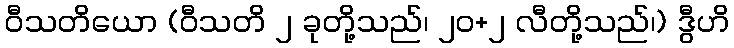
ဝီသတိယော (ဝီသတိ ၂ ခုတို့သည်၊ ၂၀+၂ လီတို့သည်၊) ဒွီဟိ